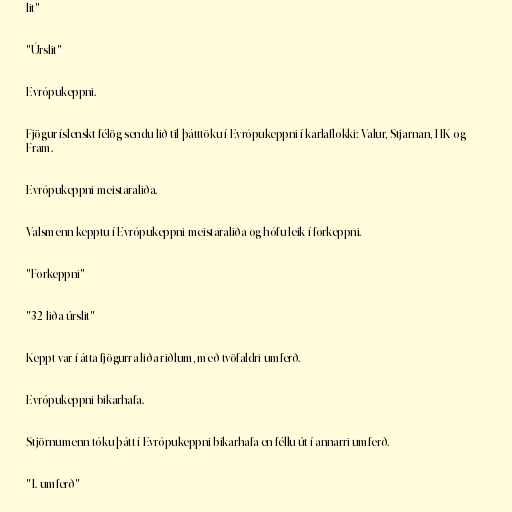
lit"

"Úrslit"

Evrópukeppni.

Fjögur íslenskt félög sendu lið til þátttöku í Evrópukeppni í karlaflokki: Valur, Stjarnan, HK og
Fram.

Evrópukeppni meistaraliða.

Valsmenn kepptu í Evrópukeppni meistaraliða og hófu leik í forkeppni.

"Forkeppni"

"32-liða úrslit"

Keppt var í átta fjögurra liða riðlum, með tvöfaldri umferð.

Evrópukeppni bikarhafa.

Stjörnumenn tóku þátt í Evrópukeppni bikarhafa en féllu út í annarri umferð.

"1. umferð"